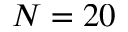
N = 2 0